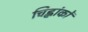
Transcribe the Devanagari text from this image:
चिह्नांकों